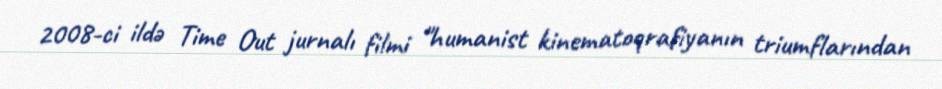
2008-ci ildə Time Out jurnalı filmi "humanist kinematoqrafiyanın triumflarından